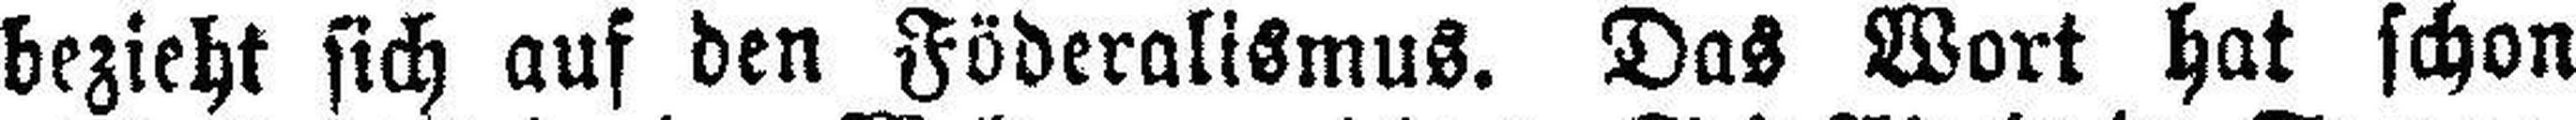
bezieht sich auf den Föderalismus. Das Wort hat schon